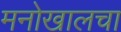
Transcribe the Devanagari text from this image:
मनोखालचा